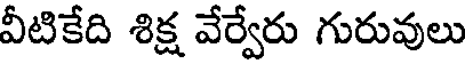
వీటికేది శిక్ష వేర్వేరు గురువులు